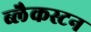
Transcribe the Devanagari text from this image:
ब्लैकस्टन